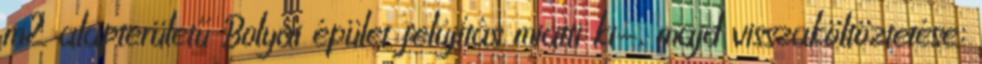
m2 alapterületű Bolyai épület felújítás miatti ki-, majd visszaköltöztetése;